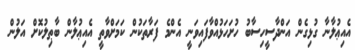
އެއިޢުލާނާ ގުޅިގެން އަންދާސީހިސާބު ހުށަހަޅުއްވާފައިވަނީ އެންމެ ފަރާތަކުން ކަމަށްވާތީ އެއިޢުލާން ބާޠިލުކޮށް އަލުން